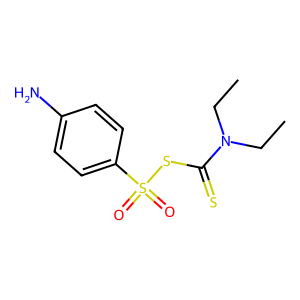
SMILES: CCN(CC)C(=S)SS(=O)(=O)c1ccc(N)cc1
Inhibits HIV replication: No